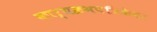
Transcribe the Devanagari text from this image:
कार्यक्रमपत्रिकेवर